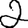
Digit: 2